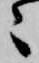
々